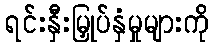
ရင်းနှီးမြှုပ်နှံမှုများကို